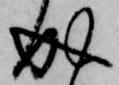
成